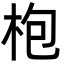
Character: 枹